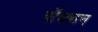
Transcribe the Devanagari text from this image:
सॅक्शन